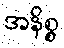
အနိစ္စ